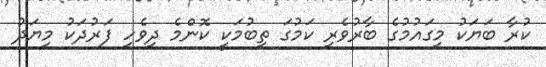
ކުރާ ބަޔަކު މިގައުމުގެ ބާރުވެރި ކަމުގަ ތިބުމަކީ ކޮންމެ ދިވެހި ފަރުދަކު މިޔަދު